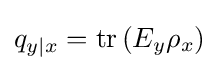
q_{y|x}=\operatorname {tr} \left(E_{y}\rho _{x}\right)